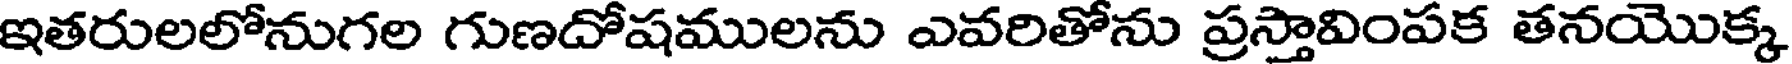
ఇతరులలోనుగల గుణదోషములను ఎవరితోను ప్రస్తావింపక తనయొక్క